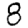
Digit: 8